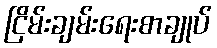
ငြိမ်းချမ်းရေးစာချုပ်